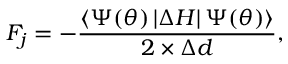
F _ { j } = - \frac { \left\langle \Psi ( \boldsymbol { \theta } ) \left| \Delta H \right| \Psi ( \boldsymbol { \theta } ) \right\rangle } { 2 \times \Delta d } ,